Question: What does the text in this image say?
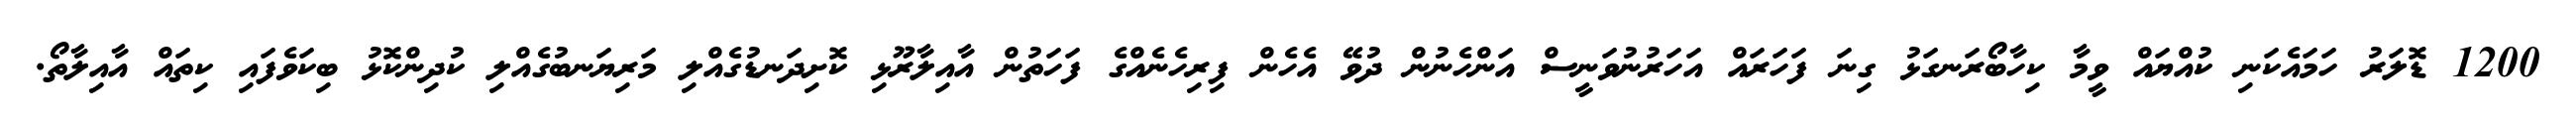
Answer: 1200 ޑޮލަރު ހަމައެކަނި ކުއްޔައް ވީމާ ކިހާބޯރަނގަޅު ގިނަ ފަހަރައް އަހަރުނުވަނީސް އަންހެނުން ދުވޭ އެހެން ފިރިހެނެއްގެ ފަހަތުން އާއިލާރޫޅި ކޮށިދަނޑުގެއްލި މަރިޔަނބުގެއްލި ކުދިންކޮޅު ބިކަވެފައި ކިތައް އާއިލާތޯ.